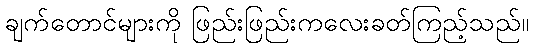
ချက်တောင်များကို ဖြည်းဖြည်းကလေးခတ်ကြည့်သည်။